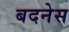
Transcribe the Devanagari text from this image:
बदनेस